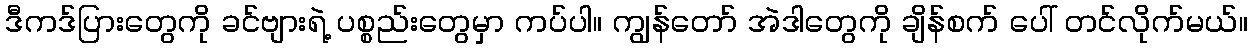
ဒီကဒ်ပြားတွေကို ခင်ဗျားရဲ့ ပစ္စည်းတွေမှာ ကပ်ပါ။ ကျွန်တော် အဲဒါတွေကို ချိန်စက် ပေါ် တင်လိုက်မယ်။